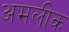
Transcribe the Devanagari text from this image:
अमलीक